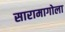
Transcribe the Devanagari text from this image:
सारामागोला